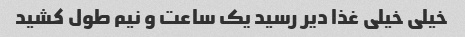
خیلی خیلی غذا دیر رسید یک ساعت و نیم طول کشید